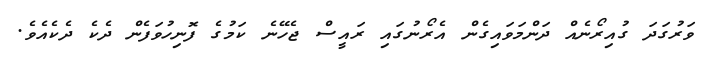
ވަރުގަދަ ގުއިރޯނެއް ދަންމަވައިގެން އެރޯނުގައި ރައީސް ޖެހޭނެ ކަމުގެ ފޮނިހުވަފެން ދެކެ ދެކެއެވެ.